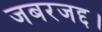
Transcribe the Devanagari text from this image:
जबरजद्द।